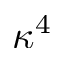
\kappa ^ { 4 }